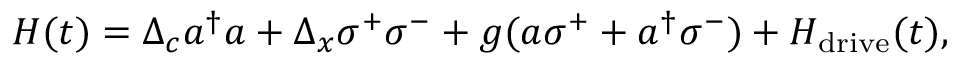
H ( t ) = \Delta _ { c } a ^ { \dagger } a + \Delta _ { x } \sigma ^ { + } \sigma ^ { - } + g ( a \sigma ^ { + } + a ^ { \dagger } \sigma ^ { - } ) + H _ { \mathrm { d r i v e } } ( t ) ,